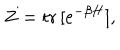
LaTeX: Z = \mathrm { t r } \, [ e ^ { - \beta H } ] ,